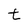
Character: t